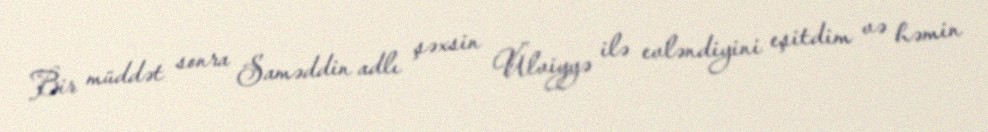
Bir müddət sonra Saməddin adlı şəxsin Ülviyyə ilə evləndiyini eşitdim və həmin